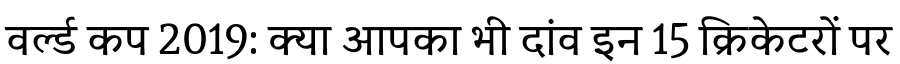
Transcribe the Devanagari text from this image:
वर्ल्ड कप 2019: क्या आपका भी दांव इन 15 क्रिकेटरों पर